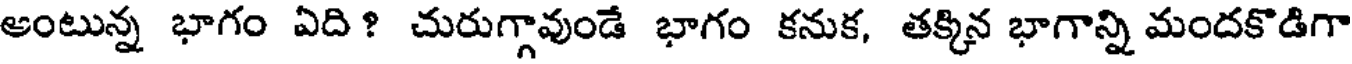
అంటున్న భాగం ఏది? చురుగ్గావుండే భాగం కనుక, తక్కిన భాగాన్ని మందకొడిగా